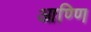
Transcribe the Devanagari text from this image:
आण्णि